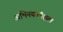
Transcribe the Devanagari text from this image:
अभिनयकौशल